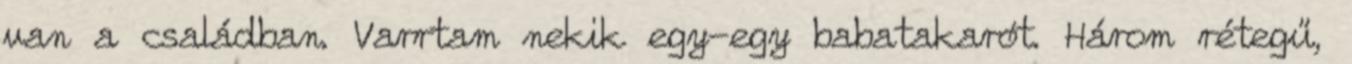
van a családban. Varrtam nekik egy-egy babatakarót. Három rétegű,